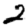
Digit: 2